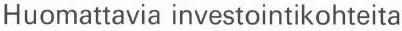
Huomattavia investointikohteita